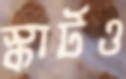
স্কার্টও